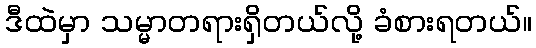
ဒီထဲမှာ သမ္မာတရားရှိတယ်လို့ ခံစားရတယ်။